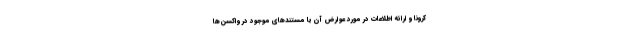
کرونا و ارائه اطلاعات در مورد عوارض آن یا مستندهای موجود در واکسن‌ها